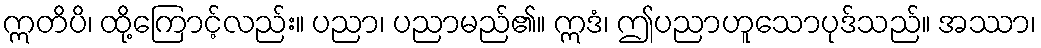
ဣတိပိ၊ ထို့ကြောင့်လည်း။ ပညာ၊ ပညာမည်၏။ ဣဒံ၊ ဤပညာဟူသောပုဒ်သည်။ အဿာ၊